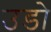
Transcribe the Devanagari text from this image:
उडो